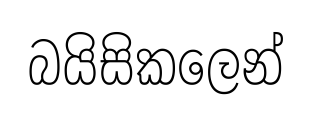
බයිසිකලෙන්